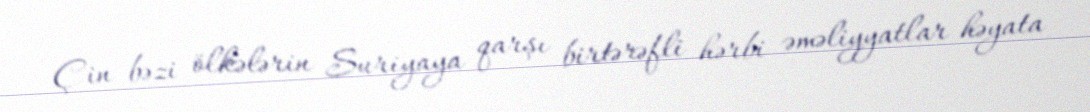
Çin bəzi ölkələrin Suriyaya qarşı birtərəfli hərbi əməliyyatlar həyata